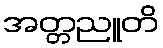
အတ္တညူတိ